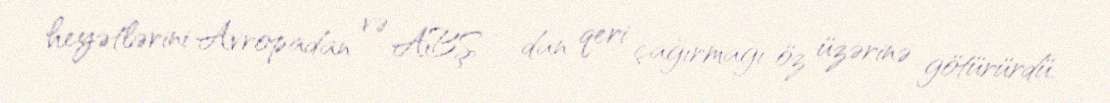
heyətlərini Avropadan və ABŞ – dan qeri çağırmağı öz üzərinə götürürdü.